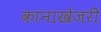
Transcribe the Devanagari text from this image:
कानाखेजरी